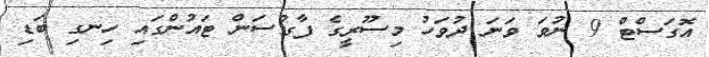
އޮގަސްޓް 9 ނުވަ ވަނަ ދުވަހު މިސޫރީގެ ފާގުސަން ޓައުންގައި ހިނގި ބަޑި